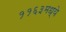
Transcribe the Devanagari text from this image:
११६३मध्ये